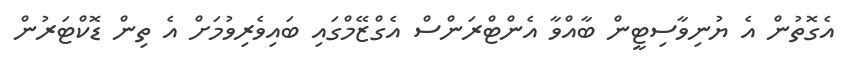
އެގޮތުން އެ ޔުނިވާސިޓީން ބާއްވާ އެންޓްރަންސް އެގްޒޭމްގައި ބައިވެރިވުމަށް އެ ތިން ޑޮކްޓަރުން